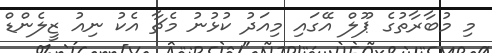
މި މުބާރާތުގެ ޕޫލް އޭގައި މިއަދު ކުޅުނު މެޗާ އެކު ނިއު ޒީލެންޑް